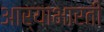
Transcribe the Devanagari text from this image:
आर्याभारती